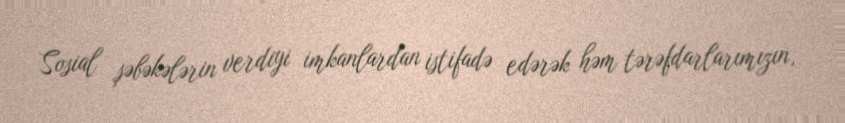
Sosial şəbəkələrin verdiyi imkanlardan istifadə edərək həm tərəfdarlarımızın,